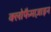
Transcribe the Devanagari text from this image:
क्लोफैमाज़ाइन